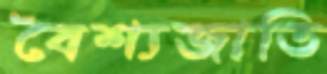
বৈশ্যজাতি